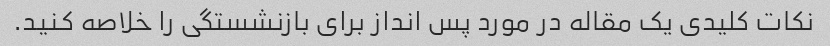
نکات کلیدی یک مقاله در مورد پس انداز برای بازنشستگی را خلاصه کنید.